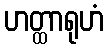
ဟတ္ထာရုဟံ